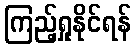
ကြည့်ရှုနိုင်ရန်